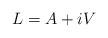
LaTeX: \begin{align*} L = A + iV\end{align*}